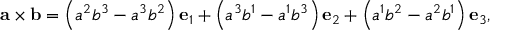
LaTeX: \mathbf { a } \times \mathbf { b } = \left( a ^ { 2 } b ^ { 3 } - a ^ { 3 } b ^ { 2 } \right) \mathbf { e } _ { 1 } + \left( a ^ { 3 } b ^ { 1 } - a ^ { 1 } b ^ { 3 } \right) \mathbf { e } _ { 2 } + \left( a ^ { 1 } b ^ { 2 } - a ^ { 2 } b ^ { 1 } \right) \mathbf { e } _ { 3 } ,